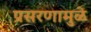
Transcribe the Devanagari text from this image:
प्रसरणामुळे